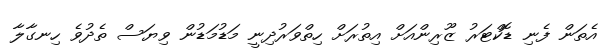
އެތަން ފެނި ޑޮކްޓަރު ޒޫރިންއަށް އިތުރަށް ހިތްވަރުދިނީ މަޑުމަޑުން ވިޔަސް ތެދުވެ ހިނގާލާ